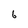
Character: 6